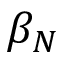
\beta _ { N }